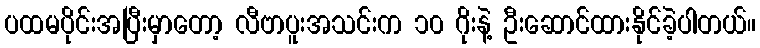
ပထမပိုင်းအပြီးမှာတော့ လီဗာပူးအသင်းက ၁၀ ဂိုးနဲ့ ဦးဆောင်ထားနိုင်ခဲ့ပါတယ်။